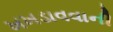
ખખડાવવાની